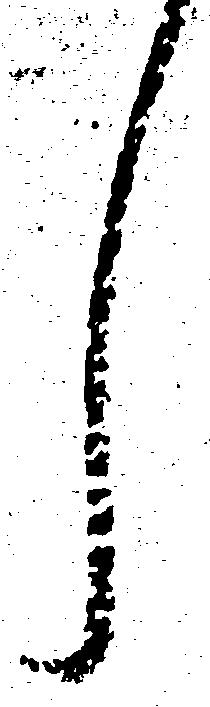
し